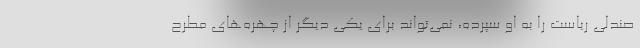
صندلی ریاست را به او سپرده، نمی‌تواند برای یکی دیگر از چهره‌های مطرح